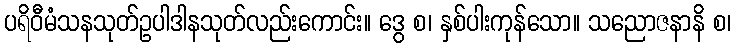
ပရိဝီမံသနသုတ်ဥပါဒါနသုတ်လည်းကောင်း။ ဒွေ စ၊ နှစ်ပါးကုန်သော။ သညောဇနာနိ စ၊